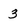
Character: 3